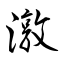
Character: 潡